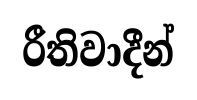
රීතිවාදීන්